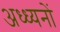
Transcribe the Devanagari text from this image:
अध्ध्यनों